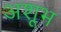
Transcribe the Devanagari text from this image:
अशूभ